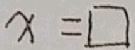
x = \square